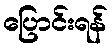
ပြောင်းရန်